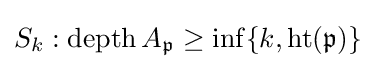
S_{k}:\operatorname {depth} A_{\mathfrak {p}}\geq \inf\{k,\operatorname {ht} ({\mathfrak {p}})\}